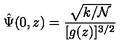
\hat { \Psi } ( 0 , z ) = \frac { \sqrt { k / { \mathcal { N } } } } { [ g ( z ) ] ^ { 3 / 2 } }